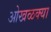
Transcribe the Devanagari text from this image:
ओखळक्या